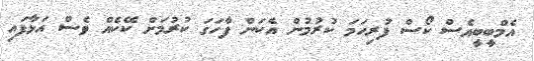
އެމްބީބީއެސް ކޯސް ފުރިހަމަ ކުރުމުން އެކަން ފާހަގަ ކުރުމަށް ކޭކެއް ވެސް އަޅާފައި